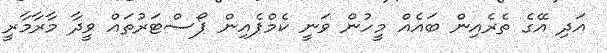
އަދި އޭގެ ތެރެއިން ބައެއް މީހުން ވަނީ ކެމްޕެއިން ޕޯސްޓަރުތައް ވީދާ މާރާމާރީ